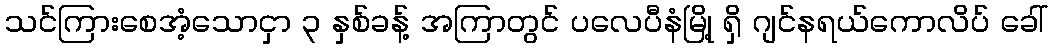
သင်ကြားစေအံ့သောငှာ ၃ နှစ်ခန့် အကြာတွင် ပလေပီနံမြို့ ရှိ ဂျင်နရယ်ကောလိပ် ခေါ်